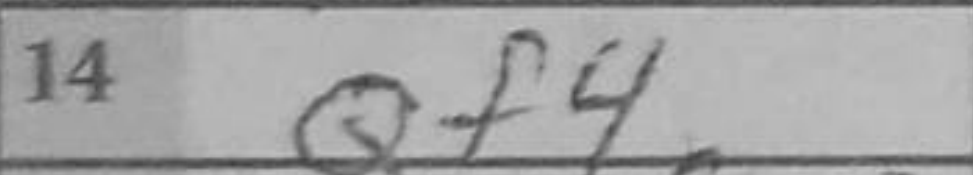
Transcription: Qf4